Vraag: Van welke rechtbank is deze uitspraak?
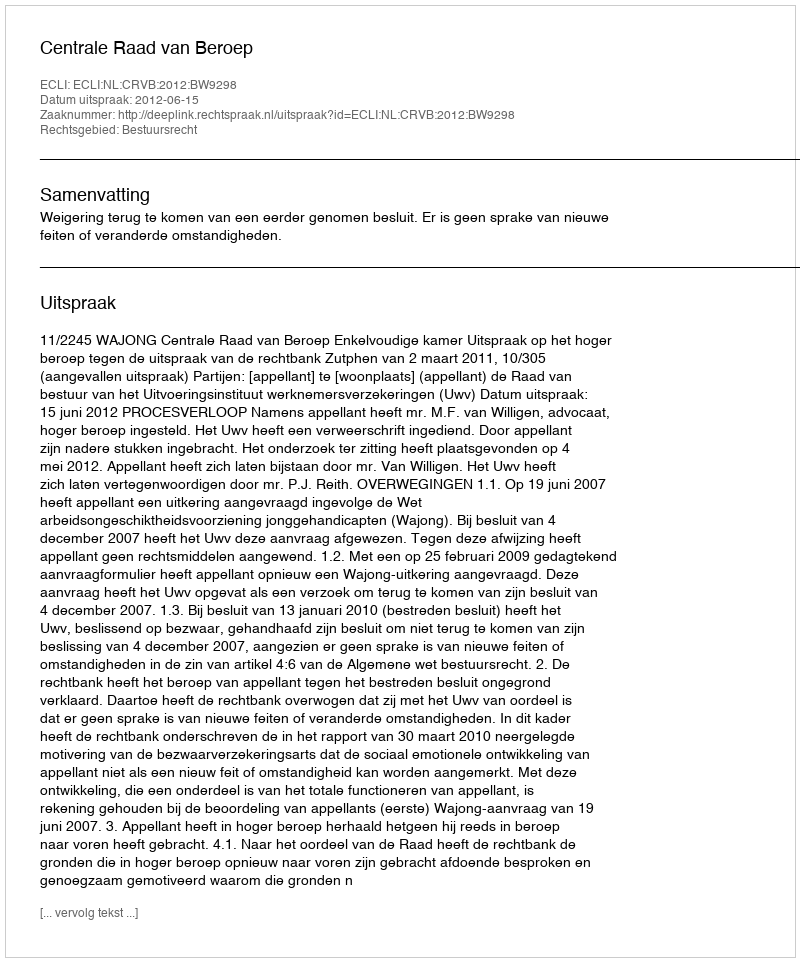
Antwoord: Centrale Raad van Beroep